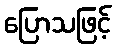
ပြောသဖြင့်